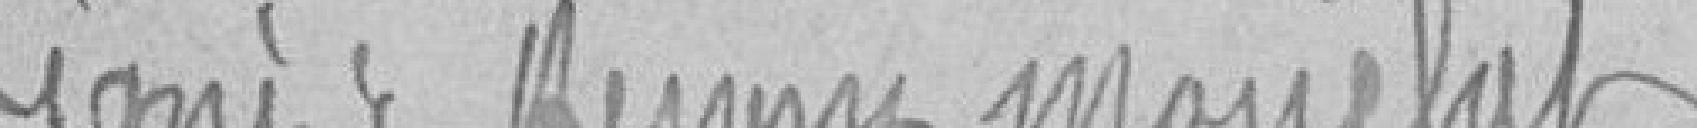
Signé : Henry Mouchet